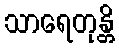
သာရေတုန္တိ